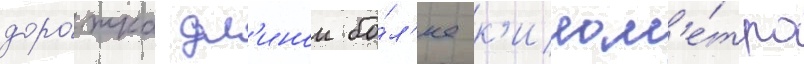
доро́жка дл'инои бо́л'ее к'илом'е́тра